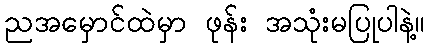
ညအမှောင်ထဲမှာ ဖုန်း အသုံးမပြုပါနဲ့။